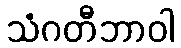
သံဂတီဘာဝါ